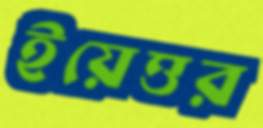
ইয়েত্তর